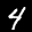
Label: 4